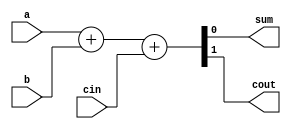
module carry_detect_adder(input wire a, input wire b, input wire cin, output wire sum, output wire cout);

assign {cout, sum} = a + b + cin;

endmodule